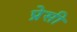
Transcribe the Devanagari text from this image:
प्रेसी